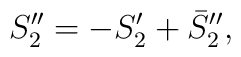
S_{2}''=-S'_{2}+\bar {S}''_{2},